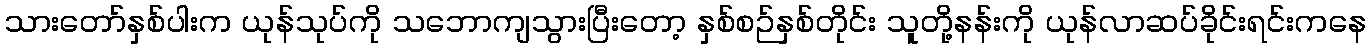
သားတော်နှစ်ပါးက ယုန်သုပ်ကို သဘောကျသွားပြီးတော့ နှစ်စဉ်နှစ်တိုင်း သူတို့နန်းကို ယုန်လာဆပ်ခိုင်းရင်းကနေ